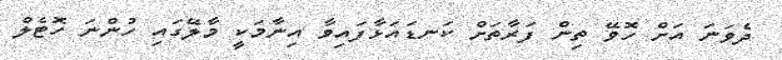
ދެވަނަ އަށް ހޮވޭ ތިން ފަރާތަށް ކަނޑައަޅާފައިވާ އިނާމަކީ މާލޭގައި ހުންނަ ހޮޓެލް